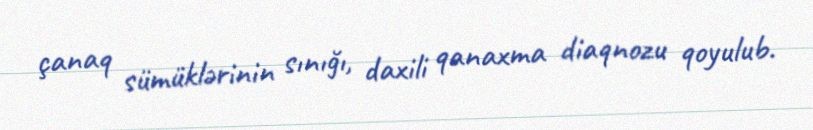
çanaq sümüklərinin sınığı, daxili qanaxma diaqnozu qoyulub.